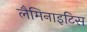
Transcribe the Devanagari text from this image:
लैमिनाइटिस